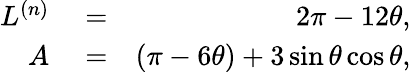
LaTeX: \begin{array}{rlr}{L^{(n)}}&{{}=}&{2\pi-12\theta,}\\ {A}&{{}=}&{(\pi-6\theta)+3\sin\theta\cos\theta,}\end{array}